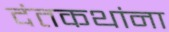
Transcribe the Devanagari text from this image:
दंतकथांना